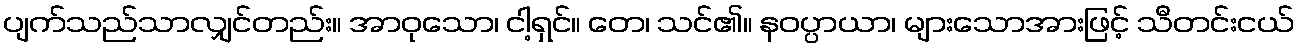
ပျက်သည်သာလျှင်တည်း။ အာဝုသော၊ ငါ့ရှင်။ တေ၊ သင်၏။ နဝပ္ပာယာ၊ များသောအားဖြင့် သီတင်းငယ်